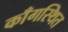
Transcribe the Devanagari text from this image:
काँगस्थित